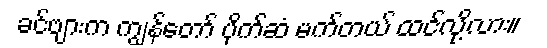
ခင်ဗျားက ကျွန်တော် ပိုက်ဆံ မက်တယ် ထင်လို့လား။